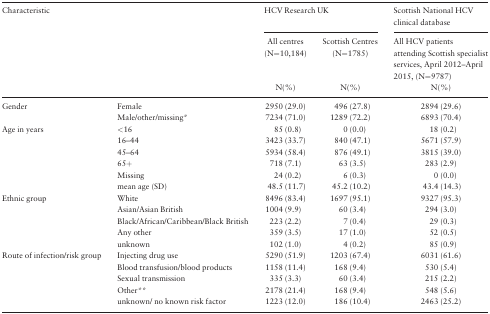
<table><thead><tr><td rowspan="3" colspan="2"><b>Characteristic</b></td><td colspan="2"><b>HCV Research UK</b></td><td><b>Scottish National HCV clinical database</b></td></tr><tr><td><b>All centres (N=10,184)</b></td><td><b>Scottish Centres (N=1785)</b></td><td><b>All HCV patients attending Scottish specialist services, April 2012–April 2015, (N=9787)</b></td></tr><tr><td><b>N(%)</b></td><td><b>N(%)</b></td><td><b>N(%)</b></td></tr></thead><tbody><tr><td rowspan="2">Gender</td><td>Female</td><td>2950 (29.0)</td><td>496 (27.8)</td><td>2894 (29.6)</td></tr><tr><td>Male/other/missing*</td><td>7234 (71.0)</td><td>1289 (72.2)</td><td>6893 (70.4)</td></tr><tr><td rowspan="6">Age in years</td><td>&lt;16</td><td>85 (0.8)</td><td>0 (0.0)</td><td>18 (0.2)</td></tr><tr><td>16–44</td><td>3423 (33.7)</td><td>840 (47.1)</td><td>5671 (57.9)</td></tr><tr><td>45–64</td><td>5934 (58.4)</td><td>876 (49.1)</td><td>3815 (39.0)</td></tr><tr><td>65+</td><td>718 (7.1)</td><td>63 (3.5)</td><td>283 (2.9)</td></tr><tr><td>Missing</td><td>24 (0.2)</td><td>6 (0.3)</td><td>0 (0.0)</td></tr><tr><td>mean age (SD)</td><td>48.5 (11.7)</td><td>45.2 (10.2)</td><td>43.4 (14.3)</td></tr><tr><td rowspan="5">Ethnic group</td><td>White</td><td>8496 (83.4)</td><td>1697 (95.1)</td><td>9327 (95.3)</td></tr><tr><td>Asian/Asian British</td><td>1004 (9.9)</td><td>60 (3.4)</td><td>294 (3.0)</td></tr><tr><td>Black/African/Caribbean/Black British</td><td>223 (2.2)</td><td>7 (0.4)</td><td>29 (0.3)</td></tr><tr><td>Any other</td><td>359 (3.5)</td><td>17 (1.0)</td><td>52 (0.5)</td></tr><tr><td>unknown</td><td>102 (1.0)</td><td>4 (0.2)</td><td>85 (0.9)</td></tr><tr><td rowspan="5">Route of infection/risk group</td><td>Injecting drug use</td><td>5290 (51.9)</td><td>1203 (67.4)</td><td>6031 (61.6)</td></tr><tr><td>Blood transfusion/blood products</td><td>1158 (11.4)</td><td>168 (9.4)</td><td>530 (5.4)</td></tr><tr><td>Sexual transmission</td><td>335 (3.3)</td><td>60 (3.4)</td><td>215 (2.2)</td></tr><tr><td>Other**</td><td>2178 (21.4)</td><td>168 (9.4)</td><td>548 (5.6)</td></tr><tr><td>unknown/ no known risk factor</td><td>1223 (12.0)</td><td>186 (10.4)</td><td>2463 (25.2)</td></tr></tbody></table>